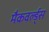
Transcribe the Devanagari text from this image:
मैकवर्ल्ड्स